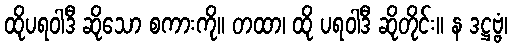
ထိုပရဝါဒီ ဆိုသော စကားကို။ တထာ၊ ထို ပရဝါဒီ ဆိုတိုင်း။ န ဒဋ္ဌဗ္ဗံ၊